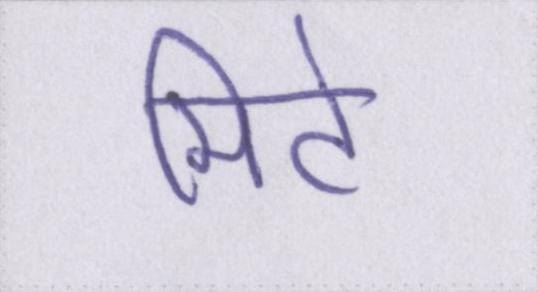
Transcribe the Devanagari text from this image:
मिटे